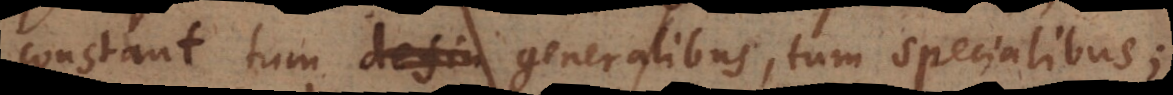
constant tum defin generalibus, tum specialibus;